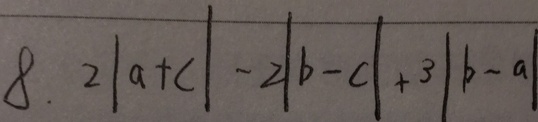
8 . 2 \vert a + c \vert - 2 \vert b - c \vert + 3 \vert b - a \vert